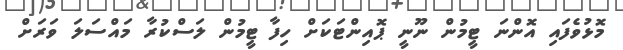
މޮޅުވެފައި އޮންނަ ޓީމުން ނޫނީ ޕޮއިންޓަކަށް ހިފާ ޓީމުން ލަސްކުރާ މައްސަލަ ވަރަށް